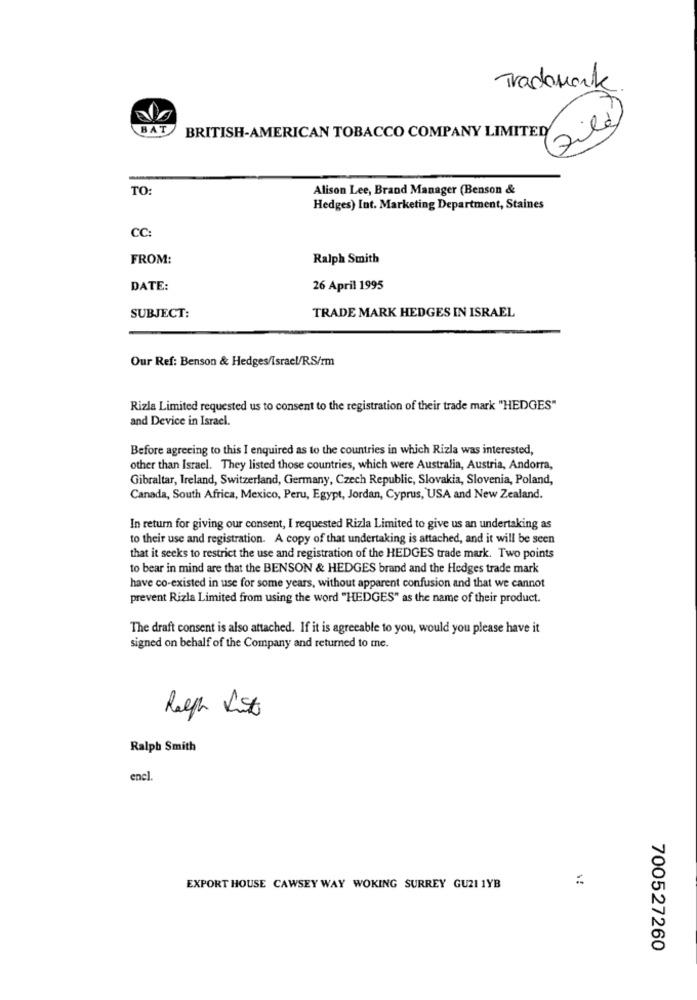
Trademark.
Filé
BAT
BRITISH-AMERICAN TOBACCO COMPANY LIMITED
TO
Alison Lee, Brand Manager (Benson &
Hedges) Int. Marketing Department, Staines
CC
FROM:
Ralph Smith
DATE:
26 April 1995
SUBJECT:
TRADE MARK HEDGES IN ISRAEL
Our Ref: Benson & Hedges/Israc!/RS/rm
Rizla Limited requested us to consent to the registration of their trade mark "HEDGES"
and Device in Israel.
Before agreeing to this I enquired as to the countries in which Rizla was interested,
other than Israel. They listed those countries, which were Australia, Austria, Andorra,
Gibraltar, Ireland, Switzerland, Germany, Czech Republic, Slovakia, Slovenia, Poland,
Canada, South Africa, Mexico, Peru, Egypt, Jordan, Cyprus, USA and New Zealand.
In return for giving our consent, I requested Rizla Limited to give us an undertaking as
to their use and registration. A copy of that undertaking is attached, and it will be seen
that it seeks to restrict the use and registration of the HEDGES trade mark. Two points
to bear in mind are that the BENSON & HEDGES brand and the Hedges trade mark
have co-existed in use for some years, without apparent confusion and that we cannot
prevent Rizla Limited from using the word "HEDGES" as the name of their product.
The draft consent is also attached. If it is agreeable to you, would you please have it
signed on behalf of the Company and returned to me.
Ralph List
Ralph Smith
encl.
:
EXPORT HOUSE CAWSEY WAY WOKING SURREY GU21 1YB
700527260